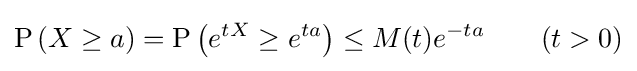
\operatorname {P} \left(X\geq a\right)=\operatorname {P} \left(e^{tX}\geq e^{ta}\right)\leq M(t)e^{-ta}\qquad (t>0)